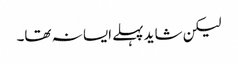
لیکن شاید پہلے ایسا نہ تھا۔